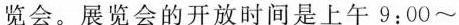
览会。展览会的开放时间是上午9:00~